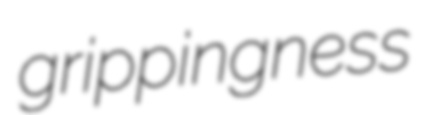
grippingness